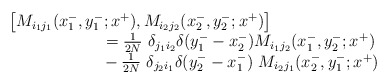
\begin{align*}\begin{array}{l}\left[ M_{i_1j_1} (x^-_1,y^-_1;x^+), M_{i_2j_2}(x^-_2,y^-_2;x^+)\right] \\{}~~~~~~~~~~~~~~~~~={1 \over 2N}~\delta_{j_1i_2} \delta (y^-_1 -x^-_2)M_{i_1j_2} (x^-_1,y^-_2;x^+) \\{}~~~~~~~~~~~~~~~~~- {1 \over 2N}~\delta_{j_2i_1}\delta (y^-_2 - x^-_1)~M_{i_2j_1} (x^-_2,y^-_1;x^+)\end{array}\end{align*}